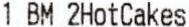
1 BM 2HOTCAKES